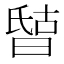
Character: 𰖘